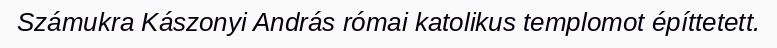
Számukra Kászonyi András római katolikus templomot építtetett.